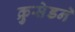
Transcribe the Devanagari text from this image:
क्रुसेडने